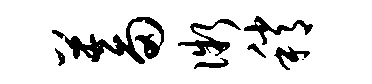
蓄微稍